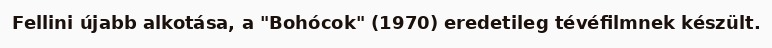
Fellini újabb alkotása, a "Bohócok" (1970) eredetileg tévéfilmnek készült.